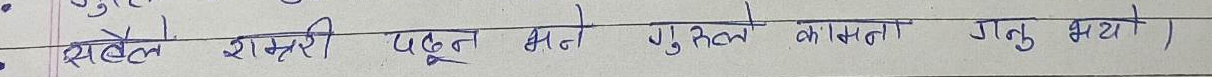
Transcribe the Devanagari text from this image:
सहेले राम्ररी पढ्न भने गुस्तले कामना गर्नु भयो ।